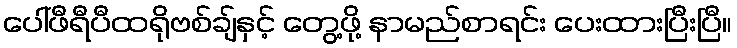
ပေါ်ဖီရီပီထရိုဗစ်ချ်နှင့် တွေ့ဖို့ နာမည်စာရင်း ပေးထားပြီးပြီ။